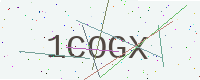
Text: 1COGX